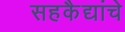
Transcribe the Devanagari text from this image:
सहकैद्यांचे